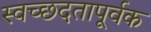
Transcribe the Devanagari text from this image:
स्वच्छदतापूर्वक